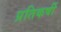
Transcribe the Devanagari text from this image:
प्रतिकर्षी